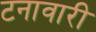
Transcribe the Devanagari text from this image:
टनावारी